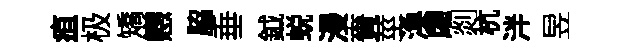
疽极矯戀脇垂鉞蜕漫賚莖渙䖏剡杭泮昱